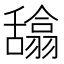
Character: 𰰉